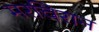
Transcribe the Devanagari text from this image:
मरचिरान